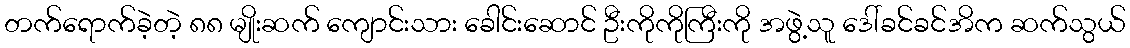
တက်ရောက်ခဲ့တဲ့ ၈၈ မျိုးဆက် ကျောင်းသား ခေါင်းဆောင် ဦးကိုကိုကြီးကို အဖွဲ့သူ ဒေါ်ခင်ခင်အိက ဆက်သွယ်